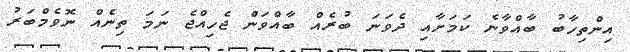
އިންތިހާބު ބާއްވާނެ ކަމަށާއި ދެވަނަ ބުރެއް ބާއްވަން ޖެހިއްޖެ ނަމަ ތިނެއް ނޮވެމްބަރު